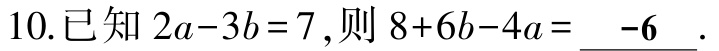
10.已知 \(2a - 3b = 7\),则 \(8 + 6b - 4a=\underline{ - 6}\).